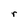
Character: r